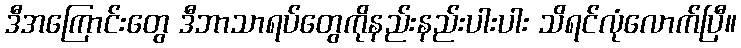
ဒီအကြောင်းတွေ ဒီဘာသာရပ်တွေကိုနည်းနည်းပါးပါး သိရင်လုံလောက်ပြီ။